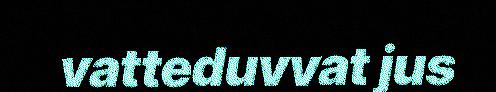
vatteduvvat jus